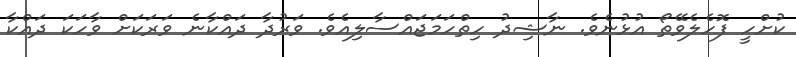
ކުށްހީ ފޮހެލެވޭތޯ އުޅުނެވެ. ނާޝިދު ހިތްހަމަޖައްސާލިއެވެ. ވަރުދާ ދައްކާނެ ވަރަކަށް ވާހަކަ ދައްކާ